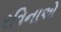
રવિનાએ